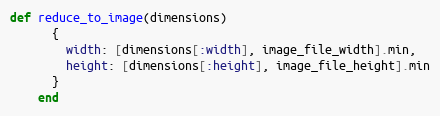
Language: Ruby
def reduce_to_image(dimensions)
      {
        width: [dimensions[:width], image_file_width].min,
        height: [dimensions[:height], image_file_height].min
      }
    end